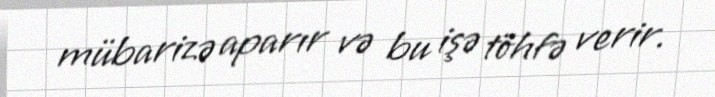
mübarizə aparır və bu işə töhfə verir.